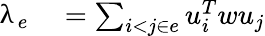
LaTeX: \begin{array}{rl}{\uplambda_{e}}&{{}=\sum_{i<j\in e}u_{i}^{T}wu_{j}}\end{array}